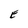
Character: E